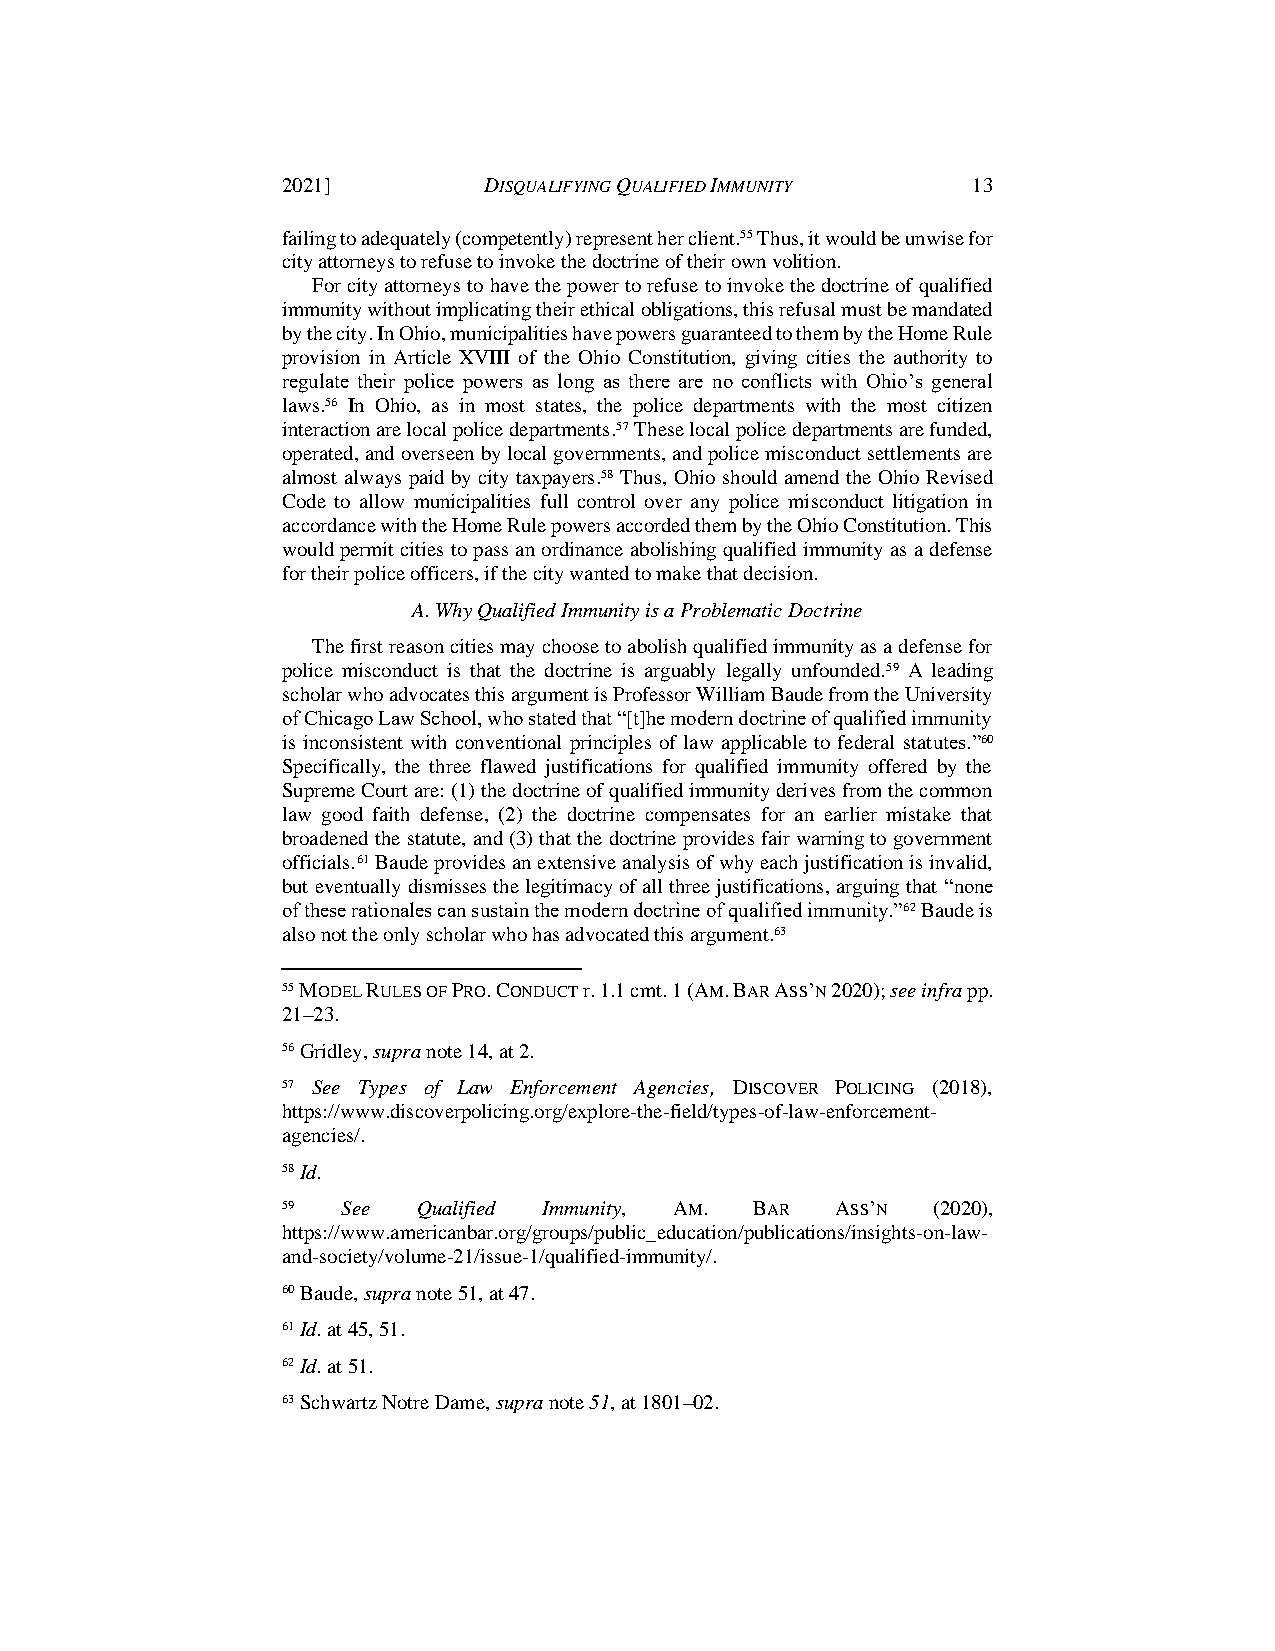
2021]        DISQUALIFYING QUALIFIED IMMUNITY 13
 failing to adequately (competently) represent her client.55 Thus, it would be unwise for
 city attorneys to refuse to invoke the doctrine of their own volition.
 For city attorneys to have the power to refuse to invoke the doctrine of qualified
 immunity without implicating their ethical obligations, this refusal must be mandated
 by the city. In Ohio, municipalities have powers guaranteed to them by the Home Rule
 provision in Article XVIII of the Ohio Constitution, giving cities the authority to
 regulate their police powers as long as there are no conflicts with Ohio’s general
 laws.56 In Ohio, as in most states, the police departments with the most citizen
 interaction are local police departments.57 These local police departments are funded,
 operated, and overseen by local governments, and police misconduct settlements are
 almost always paid by city taxpayers.58 Thus, Ohio should amend the Ohio Revised
 Code to allow municipalities full control over any police misconduct litigation in
 accordance with the Home Rule powers accorded them by the Ohio Constitution. This
 would permit cities to pass an ordinance abolishing qualified immunity as a defense
 for their police officers, if the city wanted to make that decision.
 A. Why Qualified Immunity is a Problematic Doctrine
 The first reason cities may choose to abolish qualified immunity as a defense for
 police misconduct is that the doctrine is arguably legally unfounded.59 A leading
 scholar who advocates this argument is Professor William Baude from the University
 of Chicago Law School, who stated that “[t]he modern doctrine of qualified immunity
 is inconsistent with conventional principles of law applicable to federal statutes.”60
 Specifically, the three flawed justifications for qualified immunity offered by the
 Supreme Court are: (1) the doctrine of qualified immunity derives from the common
 law good faith defense, (2) the doctrine compensates for an earlier mistake that
 broadened the statute, and (3) that the doctrine provides fair warning to government
 officials. 61 Baude provides an extensive analysis of why each justification is invalid,
 but eventually dismisses the legitimacy of all three justifications, arguing that “none
 of these rationales can sustain the modern doctrine of qualified immunity.”62 Baude is
 also not the only scholar who has advocated this argument.63
 55 MODEL RULES OF PRO. CONDUCT r. 1.1 cmt. 1 (AM. BAR ASS’N 2020); see infra pp.
 21–23.
 56 Gridley, supra note 14, at 2.
 57 See Types of Law Enforcement Agencies, DISCOVER POLICING (2018),
 https://www.discoverpolicing.org/explore-the-field/types-of-law-enforcement-
 agencies/.
 58 Id.
 59  See  Qualified Immunity, AM. BAR ASS’N (2020),
 https://www.americanbar.org/groups/public_education/publications/insights-on-law-
 and-society/volume-21/issue-1/qualified-immunity/.
 60 Baude, supra note 51, at 47.
 61 Id. at 45, 51.
 62 Id. at 51.
 63 Schwartz Notre Dame, supra note 51, at 1801–02.